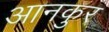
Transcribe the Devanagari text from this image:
आनकुर